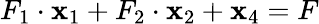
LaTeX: F_{1}\cdot\mathbf{x}_{1}+F_{2}\cdot\mathbf{x}_{2}+\mathbf{x}_{4}=F